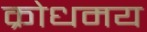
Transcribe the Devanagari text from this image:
क्रोधमय